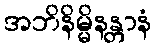
အဘိနိမ္မိနန္တာနံ